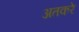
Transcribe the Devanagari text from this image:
अतकरे